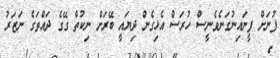
ފުނަށް ފީނައިނުގަނެވެނީސް ހުރަސް އެޅިގެން ދިޔައީ ބޭރަށް ނިކުތް ގޭގެ ދައްތަގެ ނަޒަރު